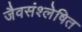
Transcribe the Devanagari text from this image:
जैवसंश्लेषित